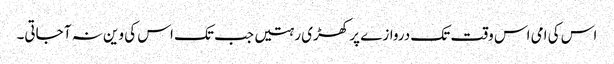
اس کی امی اس وقت تک دروازے پر کھڑی رہتیں جب تک اس کی وین نہ آ جاتی۔